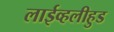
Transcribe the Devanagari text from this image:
लाईव्हलीहुड